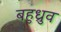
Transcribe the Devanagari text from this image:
बहुध्रुव